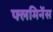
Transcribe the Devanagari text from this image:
फ्लमिनेंस